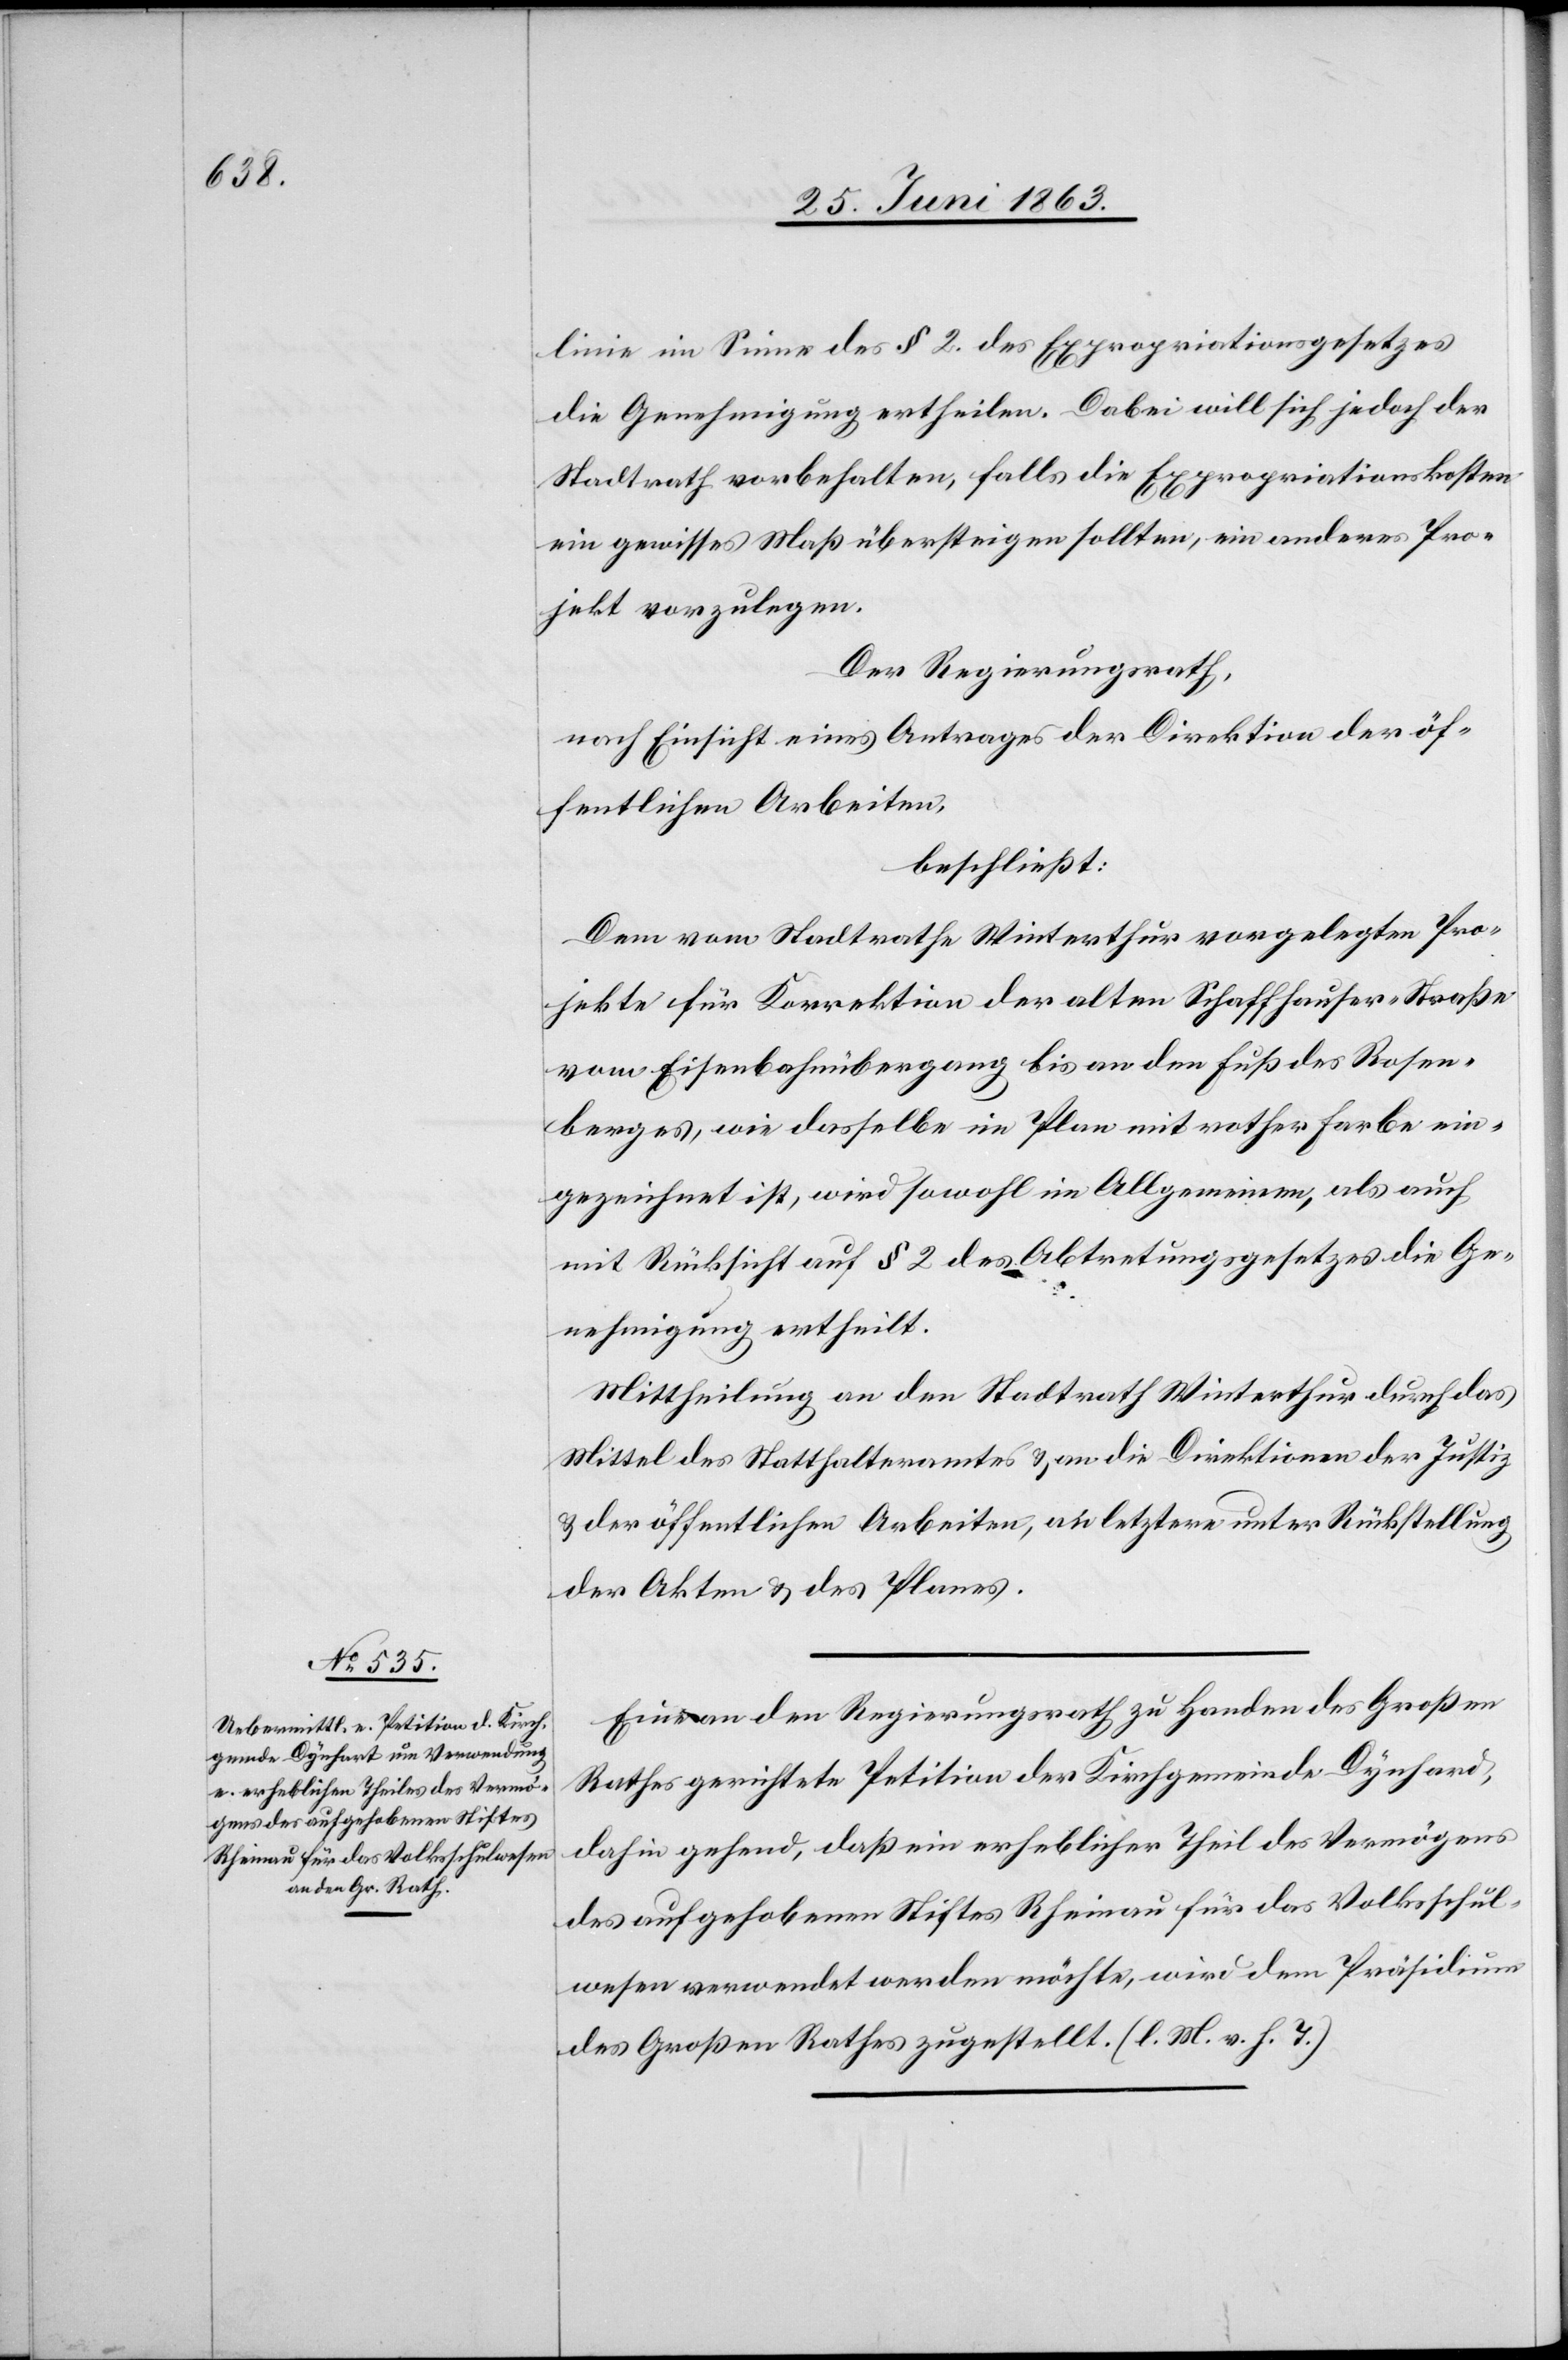
linie im Sinne des § 2. des Expropriationsgesetzes
die Genehmigung ertheilen. Dabei will sich jedoch der
Stadtrath vorbehalten, falls die Expropriationskosten
ein gewisses Maß übersteigen sollten, ein anderes Pro¬
jekt vorzulegen.
Der Regierungsrath,
nach Einsicht eines Antrages der Direktion der öf¬
fentlichen Arbeiten,
beschließt:
Dem vom Stadtrathe Winterthur vorgelegten Pro¬
jekte für Korrektion der alten Schaffhauser-Straße
vom Eisenbahnübergang bis an den Fuß des Rosen¬
berges, wie dasselbe im Plan mit rother Farbe ein¬
gezeichnet ist, wird sowohl im Allgemeinen, als auch
mit Rücksicht auf § 2 des Abtretungsgesetzes die Ge¬
nehmigung ertheilt.
Mittheilung an den Stadtrath Winterthur durch das
Mittel des Statthalteramtes & an die Direktionen der Justiz
& der öffentlichen Arbeiten, an letztere unter Rückstellung
der Akten & des Planes.
Eine an den Regierungsrath zu Handen des Großen
Rathes gerichtete Petition der Kirchgemeinde Dynhard
dahin gehend, daß ein erheblicher Theil des Vermögens
des aufgehobenen Stiftes Rheinau für das Volksschul¬
wesen verwendet werden möchte, wird dem Präsidium
des Großen Rathes zugestellt. (l. M. v. h. T.)